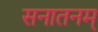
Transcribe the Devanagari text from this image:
सनातनम्